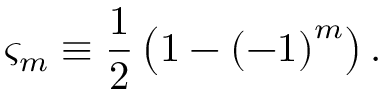
\varsigma _ { m } \equiv \frac { 1 } { 2 } \left( 1 - \left( - 1 \right) ^ { m } \right) .